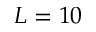
L = 1 0